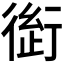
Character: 𰳭